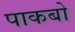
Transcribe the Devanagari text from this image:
पाकबो